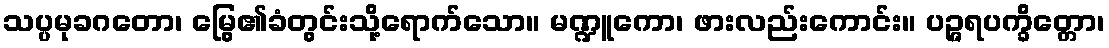
သပ္ပမုခဂတော၊ မြွေ၏ခံတွင်းသို့ရောက်သော။ မဏ္ဍူကော၊ ဖားလည်းကောင်း။ ပဉ္ဇရပက္ခိတ္တော၊